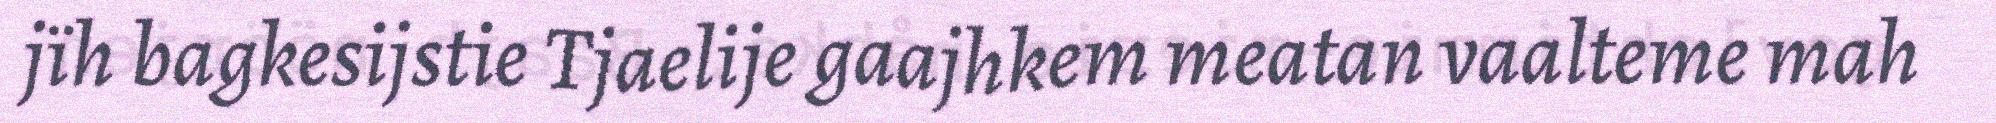
jïh bagkesijstie Tjaelije gaajhkem meatan vaalteme mah